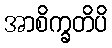
အာစိက္ခတိပိ